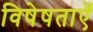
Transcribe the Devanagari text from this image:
विषेषताएँ